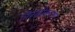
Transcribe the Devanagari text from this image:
निरस्रीकरण